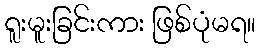
ရူးမူးခြင်းကား ဖြစ်ပုံမရ။